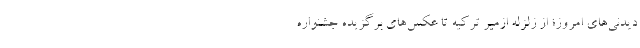
دیدنی‌های امروز؛ از زلزله ازمیر ترکیه تا عکس‌های برگزیده جشنواره